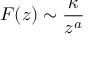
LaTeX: F ( z ) \sim { \frac { \kappa } { z ^ { a } } }